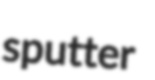
sputter